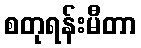
စတုရန်းမီတာ